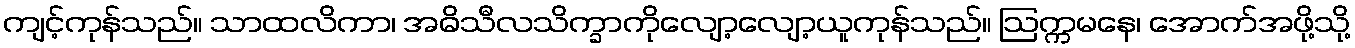
ကျင့်ကုန်သည်။ သာထလိကာ၊ အဓိသီလသိက္ခာကိုလျော့လျော့ယူကုန်သည်။ ဩက္ကမနေ၊ အောက်အဖို့သို့